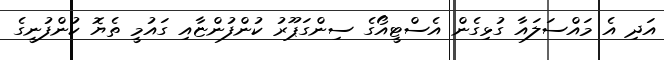
އަދި އެ މައްސަލައާ ގުޅިގެން އެސްޓީއޯގެ ސިންގަޕޫރު ކުންފުންޏާއި ގައުމީ ތެޔޮ ކުންފުނީގެ